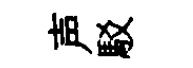
声駁